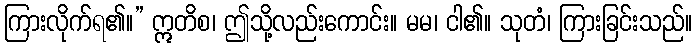
ကြားလိုက်ရ၏။” ဣတိစ၊ ဤသို့လည်းကောင်း။ မမ၊ ငါ၏။ သုတံ၊ ကြားခြင်းသည်။